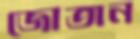
জোতান